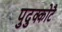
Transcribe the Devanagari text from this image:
पुदुक्कोटै